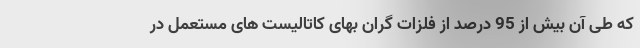
که طی آن بیش از 95 درصد از فلزات گران بهای کاتالیست های مستعمل در